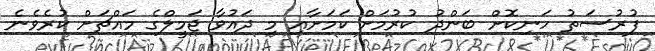
ފުރުސަތު ހަނިކޮށް ބަންދު ކުރުމަށް ކަމަށާއި މި ދައުވާ ޖަމީލްގެ މައްޗަށް ކުރެވެނެ